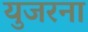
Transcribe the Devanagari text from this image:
युजरना